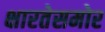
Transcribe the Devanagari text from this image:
क्षारतेसमोर